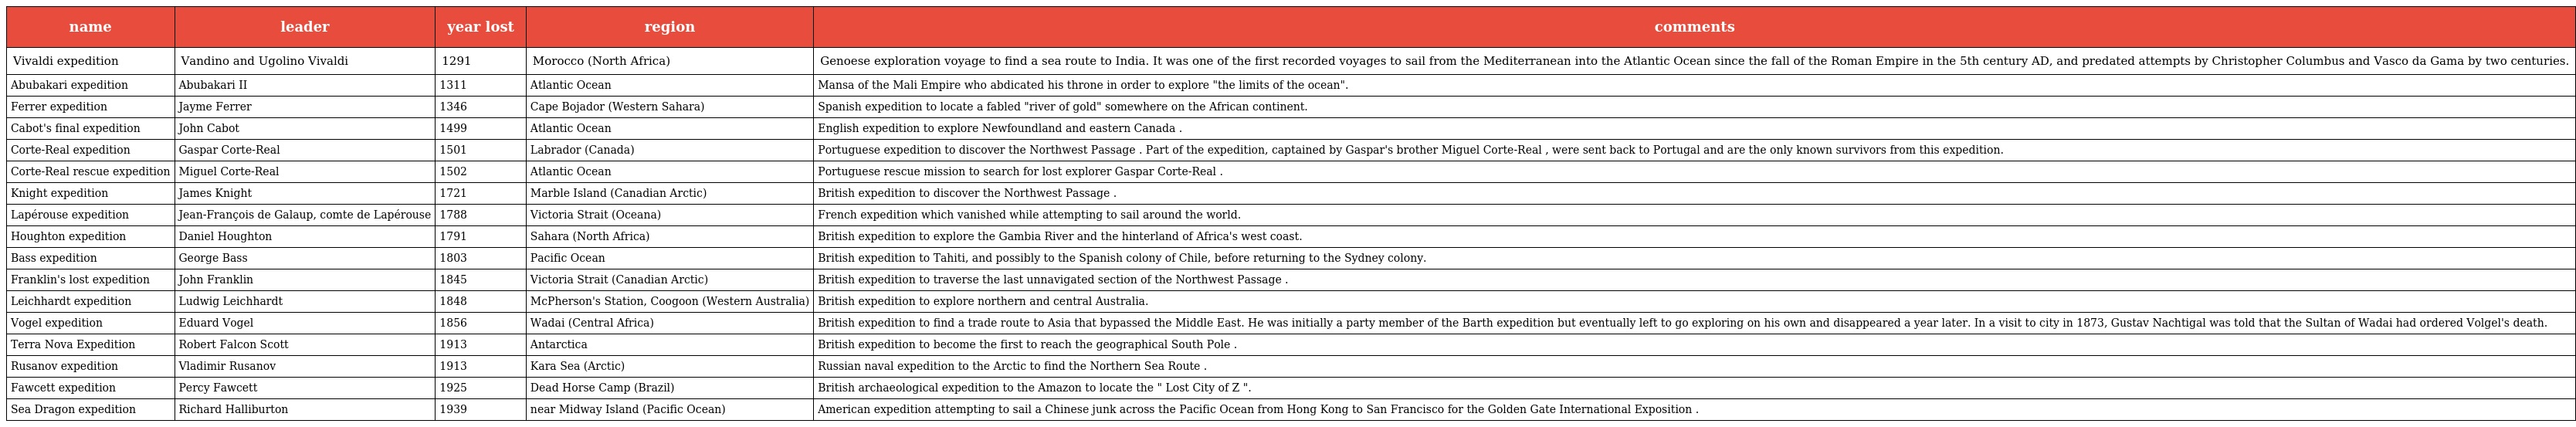
| name | leader | year lost | region | comments |
 | --- | --- | --- | --- | --- |
 | Vivaldi expedition | Vandino and Ugolino Vivaldi | 1291 | Morocco (North Africa) | Genoese exploration voyage to find a sea route to India. It was one of the first recorded voyages to sail from the Mediterranean into the Atlantic Ocean since the fall of the Roman Empire in the 5th century AD, and predated attempts by Christopher Columbus and Vasco da Gama by two centuries. |
 | Abubakari expedition | Abubakari II | 1311 | Atlantic Ocean | Mansa of the Mali Empire who abdicated his throne in order to explore "the limits of the ocean". |
 | Ferrer expedition | Jayme Ferrer | 1346 | Cape Bojador (Western Sahara) | Spanish expedition to locate a fabled "river of gold" somewhere on the African continent. |
 | Cabot's final expedition | John Cabot | 1499 | Atlantic Ocean | English expedition to explore Newfoundland and eastern Canada . |
 | Corte-Real expedition | Gaspar Corte-Real | 1501 | Labrador (Canada) | Portuguese expedition to discover the Northwest Passage . Part of the expedition, captained by Gaspar's brother Miguel Corte-Real , were sent back to Portugal and are the only known survivors from this expedition. |
 | Corte-Real rescue expedition | Miguel Corte-Real | 1502 | Atlantic Ocean | Portuguese rescue mission to search for lost explorer Gaspar Corte-Real . |
 | Knight expedition | James Knight | 1721 | Marble Island (Canadian Arctic) | British expedition to discover the Northwest Passage . |
 | Lapérouse expedition | Jean-François de Galaup, comte de Lapérouse | 1788 | Victoria Strait (Oceana) | French expedition which vanished while attempting to sail around the world. |
 | Houghton expedition | Daniel Houghton | 1791 | Sahara (North Africa) | British expedition to explore the Gambia River and the hinterland of Africa's west coast. |
 | Bass expedition | George Bass | 1803 | Pacific Ocean | British expedition to Tahiti, and possibly to the Spanish colony of Chile, before returning to the Sydney colony. |
 | Franklin's lost expedition | John Franklin | 1845 | Victoria Strait (Canadian Arctic) | British expedition to traverse the last unnavigated section of the Northwest Passage . |
 | Leichhardt expedition | Ludwig Leichhardt | 1848 | McPherson's Station, Coogoon (Western Australia) | British expedition to explore northern and central Australia. |
 | Vogel expedition | Eduard Vogel | 1856 | Wadai (Central Africa) | British expedition to find a trade route to Asia that bypassed the Middle East. He was initially a party member of the Barth expedition but eventually left to go exploring on his own and disappeared a year later. In a visit to city in 1873, Gustav Nachtigal was told that the Sultan of Wadai had ordered Volgel's death. |
 | Terra Nova Expedition | Robert Falcon Scott | 1913 | Antarctica | British expedition to become the first to reach the geographical South Pole . |
 | Rusanov expedition | Vladimir Rusanov | 1913 | Kara Sea (Arctic) | Russian naval expedition to the Arctic to find the Northern Sea Route . |
 | Fawcett expedition | Percy Fawcett | 1925 | Dead Horse Camp (Brazil) | British archaeological expedition to the Amazon to locate the " Lost City of Z ". |
 | Sea Dragon expedition | Richard Halliburton | 1939 | near Midway Island (Pacific Ocean) | American expedition attempting to sail a Chinese junk across the Pacific Ocean from Hong Kong to San Francisco for the Golden Gate International Exposition . |